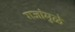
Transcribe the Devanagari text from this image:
गजांमुळे